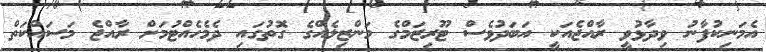
އެމަނިކުފާނު ވިދާޅުވީ ރާއްޖެއަކީ އަބަދުވެސް ޓޫރިޒަމްގެ މަންޒިލެއްގެ ގޮތުގައި ދެމެހެއްޓުމަށް ރާއްޖެ މަސައްކަތް